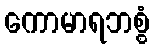
ကောမာရဘစ္စံ